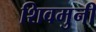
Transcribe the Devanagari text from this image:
शिवमुनी